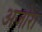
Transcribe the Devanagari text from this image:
अजोरा